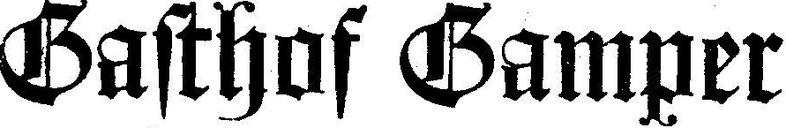
Gasthof Gamper